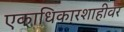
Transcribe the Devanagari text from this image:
एकाधिकारशाहीवर